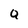
Character: Q